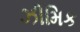
ઝીમિક